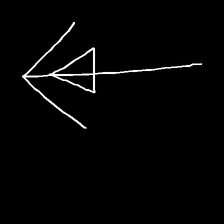
Glyph: pull